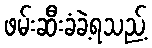
ဖမ်းဆီးခံခဲ့ရသည့်